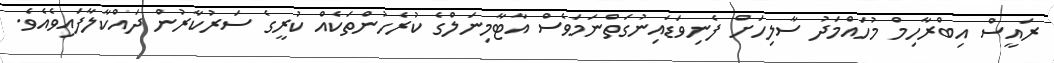
ރައީސް އިބްރާހިމް މުހައްމަދު ސާލިހަށް ފެނިވަޑައިނުގަތްނަމަވެސް އާޓާމިނަލްގެ ކުރެހުންތަކެއް ކުރީގެ ސަރުކާރުން ދައްކާލާފައިވެއެވެ.